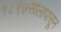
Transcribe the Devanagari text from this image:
१८९७सालापासून